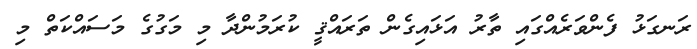
ރަނގަޅު ފެންވަރެއްގައި ތާރު އަޅައިގެން ތަރައްޤީ ކުރަމުންދާ މި މަގުގެ މަސައްކަތް މި